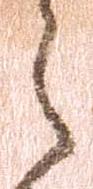
之